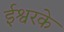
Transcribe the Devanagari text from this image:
ईश्वरके